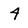
Character: 4